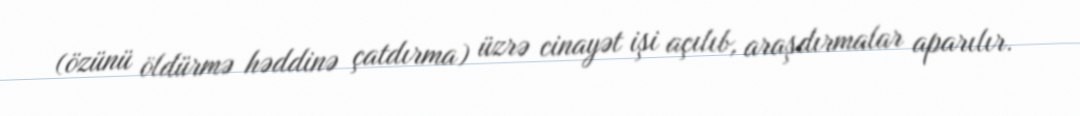
(özünü öldürmə həddinə çatdırma) üzrə cinayət işi açılıb, araşdırmalar aparılır.